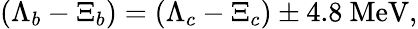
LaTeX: \left(\Lambda_{b}-\Xi_{b}\right)=\left(\Lambda_{c}-\Xi_{c}\right)\pm 4.8~\mathrm{MeV},